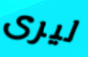
ليرى